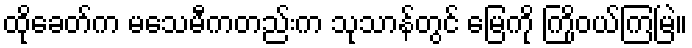
ထိုခေတ်က မသေမီကတည်းက သုသာန်တွင် မြေကို ကြိုဝယ်ကြမြဲ။